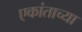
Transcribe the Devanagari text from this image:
एकांताच्या